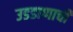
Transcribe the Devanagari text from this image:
उडडाणाची